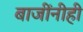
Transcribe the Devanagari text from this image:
बाजींनीही